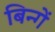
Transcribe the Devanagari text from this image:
बिन्गें